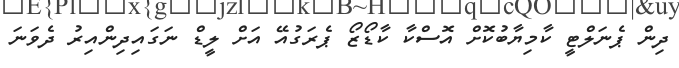
ދިން ޕެނަލްޓީ ކާމިޔާބުކޮށް އޮސްކާ ކާޑޯޒޯ ޕެރަގުއޭ އަށް ލީޑް ނަގައިދިންއިރު ދެވަނަ